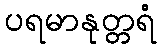
ပရမာနုတ္တရံ